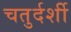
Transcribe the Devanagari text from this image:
चतुर्दर्शी